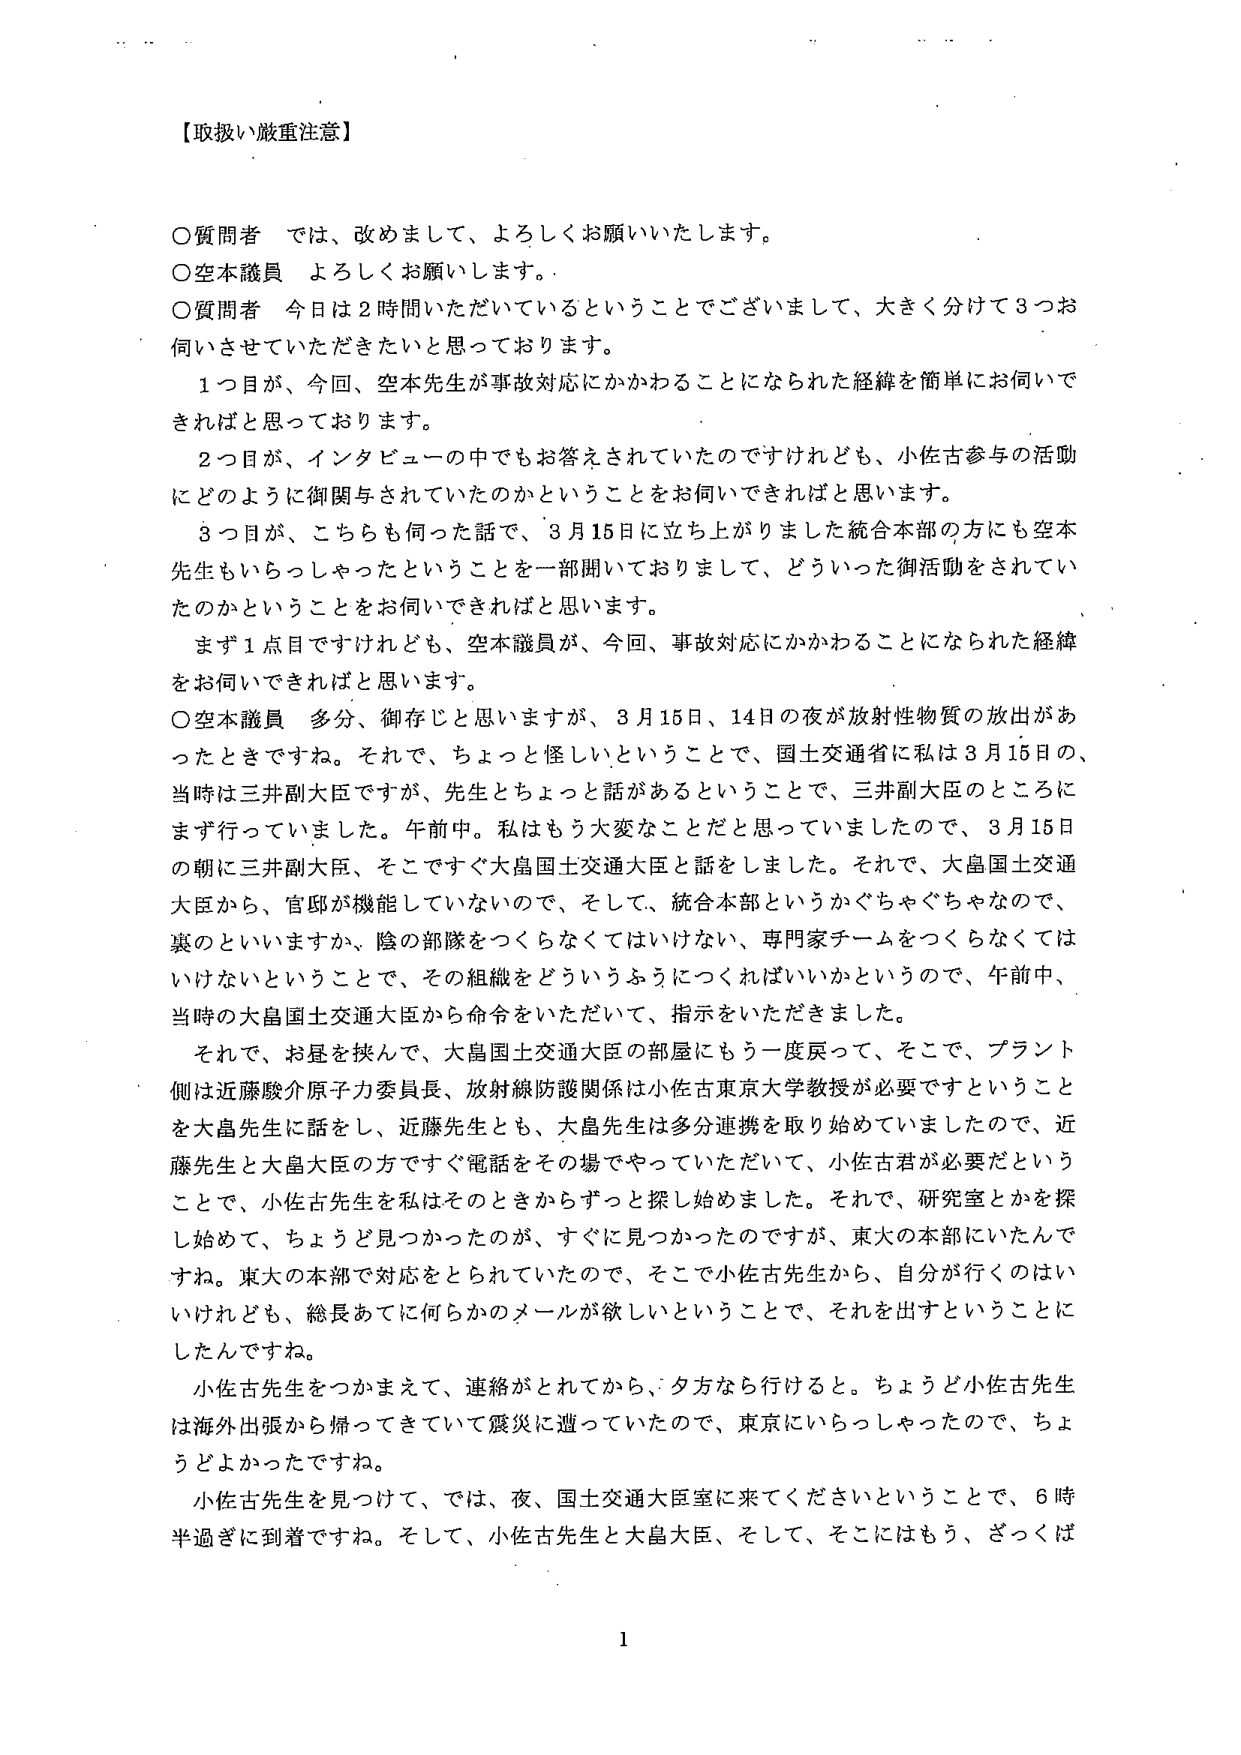
【取扱い厳重注意】

○質問者　では、改めまして、よろしくお願いいたします。
○空本議員　よろしくお願いします。
○質問者　今日は２時間いただいているということでございまして、大きく分けて３つお伺いさせていただきたいと思っております。

　１つ目が、今回、空本先生が事故対応にかかわることになられた経緯を簡単にお伺いできればと思っております。

　２つ目が、インタビューの中でもお答えされていたのですけれども、小佐古参与の活動にどのように御関与されていたのかということをお伺いできればと思います。

　３つ目が、こちらも伺った話で、３月15日に立ち上がりました統合本部の方にも空本先生もいらっしゃったということを一部聞いておりまして、どういった御活動をされていたのかということをお伺いできればと思います。

　まず１点目ですけれども、空本議員が、今回、事故対応にかかわることになられた経緯をお伺いできればと思います。

○空本議員　多分、御存じと思いますが、３月15日、14日の夜が放射性物質の放出があったときですね。それで、ちょっと怪しいということで、国土交通省に私は３月15日の、当時は三井副大臣ですが、先生とちょっと話があるということで、三井副大臣のところにまず行っていました。午前中。私はもう大変なことだと思っていましたので、３月15日の朝に三井副大臣、そこですぐ大畠国土交通大臣と話をしました。それで、大畠国土交通大臣から、官邸が機能していないので、そして、統合本部というかぐちゃぐちゃなので、裏のといいますか、陰の部隊をつくらなくてはいけない、専門家チームをつくらなくてはいけないということで、その組織をどういうふうにつくればいいかというので、午前中、当時の大畠国土交通大臣から命令をいただいて、指示をいただきました。

　それで、お昼を挟んで、大畠国土交通大臣の部屋にもう一度戻って、そこで、プラント側は近藤駿介原子力委員長、放射線防護関係は小佐古東京大学教授が必要ですということを大畠先生に話をし、近藤先生とも、大畠先生は多分連携を取り始めていましたので、近藤先生と大畠大臣の方ですぐ電話をその場でやっていただいて、小佐古君が必要だということで、小佐古先生を私はそのときからずっと探し始めました。それで、研究室とかを探し始めて、ちょうど見つかったのが、すぐに見つかったのですが、東大の本部にいたんですね。東大の本部で対応をとられていたので、そこで小佐古先生から、自分が行くのはいけれども、総長あてに何らかのメールが欲しいということで、それを出すということにしたんですね。

　小佐古先生をつかまえて、連絡がとれてから、夕方なら行けると。ちょうど小佐古先生は海外出張から帰ってきていて震災に遭っていたので、東京にいらっしゃったので、ちょうどよかったです。

　小佐古先生を見つけて、では、夜、国土交通大臣室に来てくださいということで、６時半過ぎに到着ですね。そして、小佐古先生と大畠大臣、そして、そこにはもう、ざっくば

1